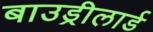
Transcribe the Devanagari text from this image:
बाउड्रीलार्ड